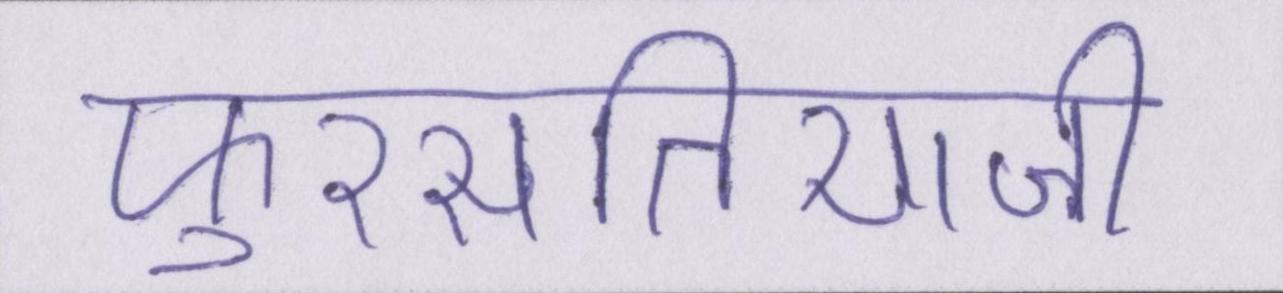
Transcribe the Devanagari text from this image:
फुरसतियाजी